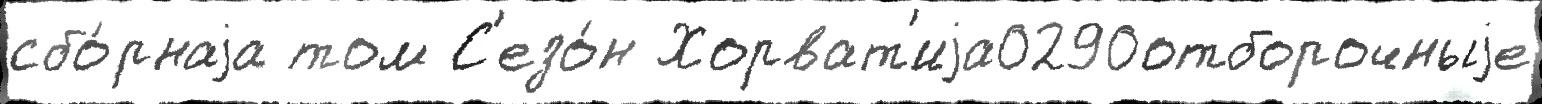
сбо́рнаjа том С'езо́н Хорват'иjа0290отборочныjе